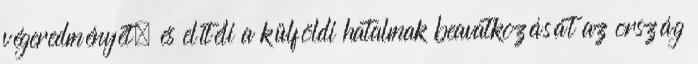
végeredményét, és elítéli a külföldi hatalmak beavatkozását az ország